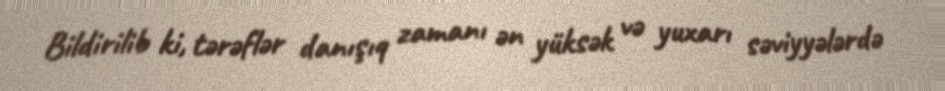
Bildirilib ki, tərəflər danışıq zamanı ən yüksək və yuxarı səviyyələrdə